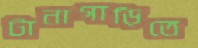
টানাগাড়িতে